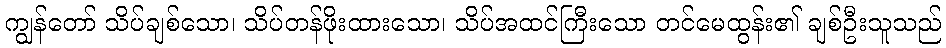
ကျွန်တော် သိပ်ချစ်သော၊ သိပ်တန်ဖိုးထားသော၊ သိပ်အထင်ကြီးသော တင်မေထွန်း၏ ချစ်ဦးသူသည်